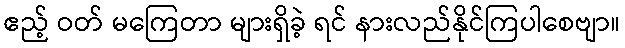
ဧည့် ဝတ် မကြေတာ များရှိခဲ့ ရင် နားလည်နိုင်ကြပါစေဗျာ။